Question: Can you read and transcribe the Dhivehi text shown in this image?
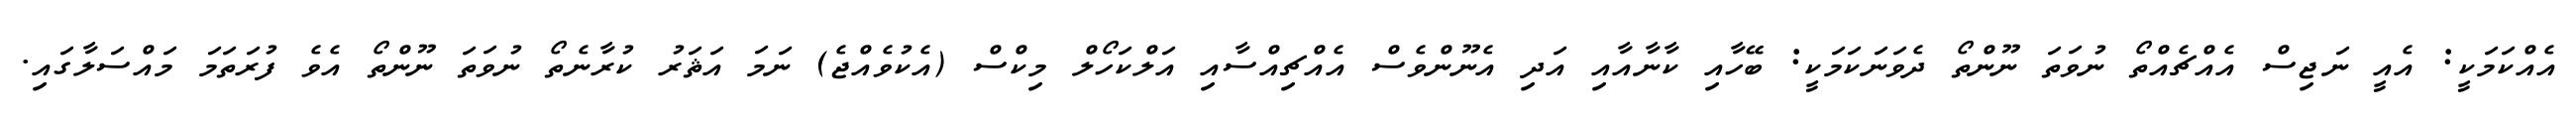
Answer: އެއްކަމަކީ: އެއީ ނަޖިސް އެއްޗެއްތޯ ނުވަތަ ނޫންތޯ ދެވަނަކަމަކީ: ބޭހާއި ކާނާއާއި އަދި އެނޫންވެސް އެއްޗިއްސާއި އަލްކަހޯލް މިކްސް (އެކުވެއްޖެ) ނަމަ އަޘަރު ކުރާނެތޯ ނުވަތަ ނޫންތޯ އެވެ ފުރަތަމަ މައްސަލާގައި.